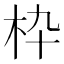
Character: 枠